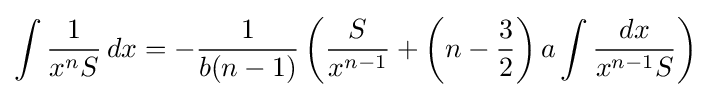
\int {\frac {1}{x^{n}S}}\,dx=-{\frac {1}{b(n-1)}}\left({\frac {S}{x^{n-1}}}+\left(n-{\frac {3}{2}}\right)a\int {\frac {dx}{x^{n-1}S}}\right)